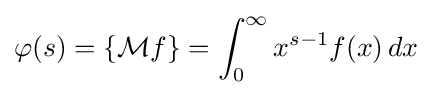
\varphi (s)=\{{\mathcal {M}}f\}=\int _{0}^{\infty }x^{s-1}f(x)\,dx